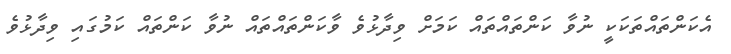
އެކަންތައްތަކަކީ ނުވާ ކަންތައްތައް ކަމަށް ވިދާޅުވެ ވާކަންތައްތައް ނުވާ ކަންތައް ކަމުގައި ވިދާޅުވެ